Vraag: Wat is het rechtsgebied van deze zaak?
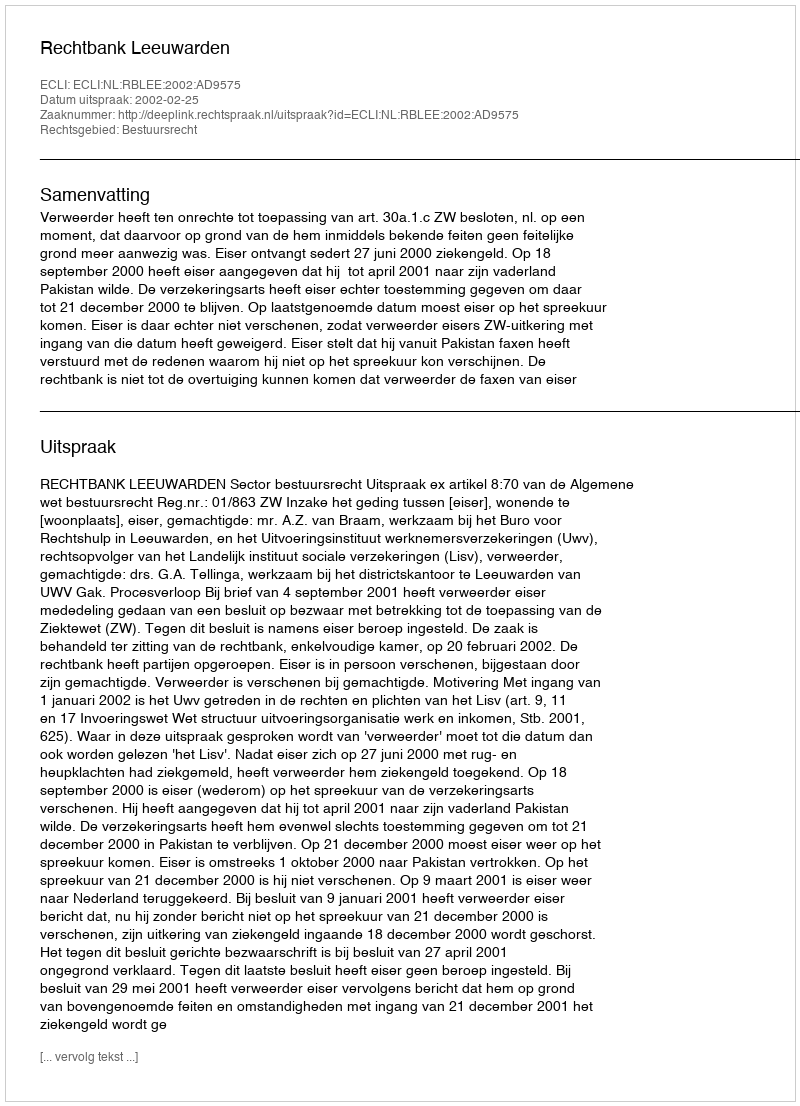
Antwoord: Bestuursrecht